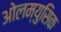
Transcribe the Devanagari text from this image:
ओलम्युसिक